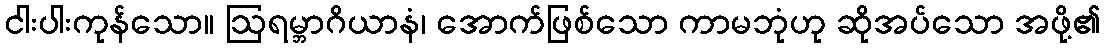
ငါးပါးကုန်သော။ ဩရမ္ဘာဂိယာနံ၊ အောက်ဖြစ်သော ကာမဘုံဟု ဆိုအပ်သော အဖို့၏